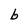
Character: b